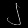
Digit: ၂